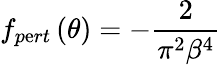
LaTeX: f_{p\mathrm{e}rt}\left(\theta\right)=-\frac{{2}}{{\pi^{2}\beta^{4}}}